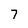
Character: 7